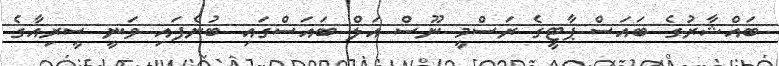
ބައްޝާރުގެ ބައަސް ޕާޓީގެ ރަސްމީ ނޫސް އަލް ބައަސްގައި ބުނެފައި ވަނީ ސީރިއާގެ